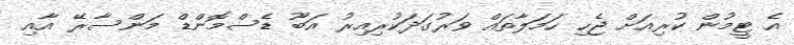
އެ ޓީމުން ކުރިއަށް ޖެހި ހަމަލާތައް ވަރުގަދަކުރިއިރު އަބޫ ޑެސްމޮންޑް މަންސާރޭ އާއި